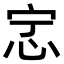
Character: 𫹿